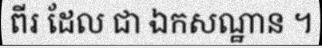
ពីរ ដែល ជា ឯកសណ្ឋាន ។